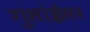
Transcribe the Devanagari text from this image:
गुसांईंसर